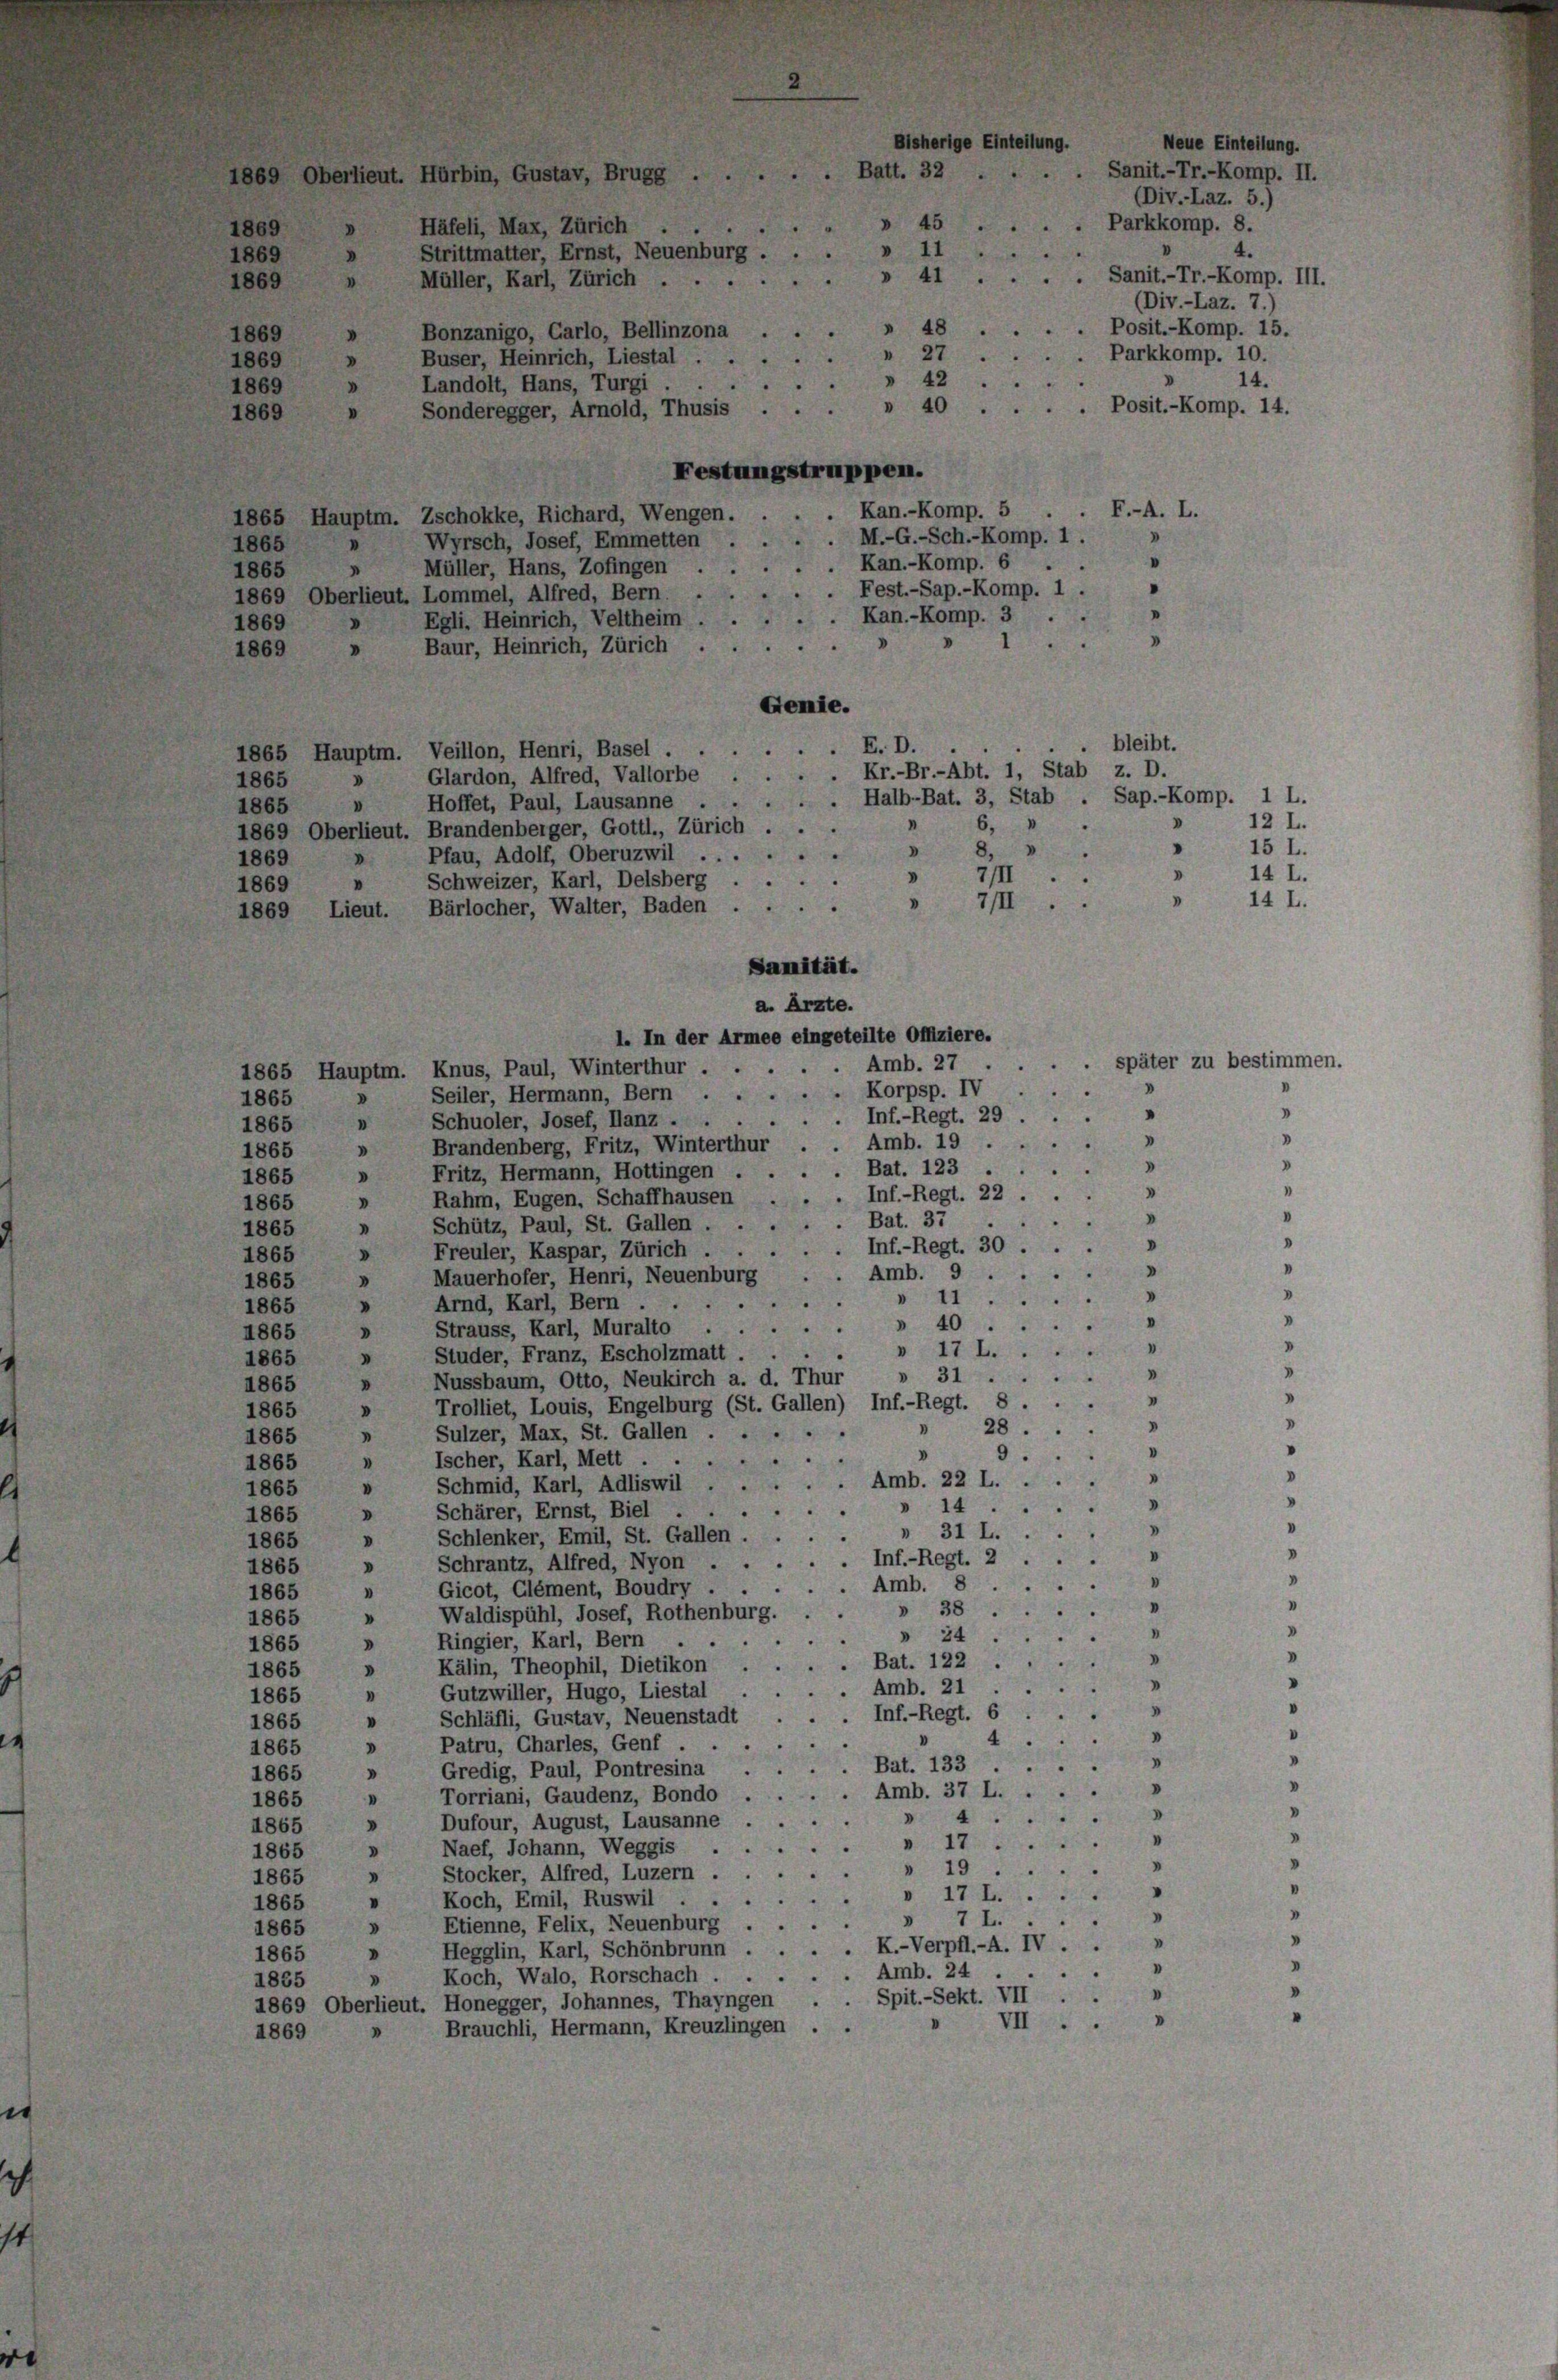
ittmatter, Ernst, Neuenbe
zanigo, Garlo, Bellinzona
ser, Heinrich, Liestal . .
dolt, Hans, Turgi
deregger, Arnold, Thusis ...

ler, Karl, Zürich . .

.

41

estungstruppen.

48.
27

42

.

.

Neue Einteilung
Sanit.-Tr.-Komp. II.
(Div.-Laz. 5.)
. Parkkomp. 8.
4.
.. Sanit.-Tr.-Komp. III.
(Div.-Laz. 7.)
. Posit.-Komp. 15.
. Parkkomp. 10.
14.
. Posit.-Komp. 14.

F.-A. L.

Kan.-Komp. 5
5 Hauptm. Zschokke, Richard, Wengen.
D
M.-G.-Sch.-Komp. 1.
Wyrsch, Josef, Emmetten
5
n
Kan.-Komp. 6.
"
Müller, Hans, Zofingen .
1
55
. Fest.-Sap.-Komp. 1.
.
59 Oberlieut. Lommel, Alfred, Bern. .
.Kan.-Komp. 3
Egli. Heinrich, Veltheim.
9
.
Baur, Heinrich, Zürich
69
Genie.
bleibt.
E. D.
65 Hauptm. Veillon, Henri, Basel . .
. Kr.-Br.-Abt. 1, Stab z. D.
Glardon, Alfred, Vallorbe
55
V
Hoffet, Paul, Lausanne . . . . . Halb-Bat. 3, Stab . Sap.-Komp. 1 L.
65
.
I
6.
.
69 Oberlieut. Brandenberger, Gottl., Zürich
"
 8,
.
.
Pfau, Adolf, Oberuzwil . . .
69
V
7II
.
Schweizer, Karl, Delsberg
V
59
"
7/II.
.
69 Lieut. Bärlocher, Walter, Baden .
Sanität.
a. Ärzte.
1. In der Armee eingeteilte Offiziere.
.Amb. 27
565 Hauptm. Knus, Paul, Winterthur
.. Korpsp. IV.
» Seiler, Hermann, Bern
65
.
.Inf.-Regt. 29
Schuoler, Josef, Ilanz .
I
65
. Amb. 19
,
Brandenberg, Fritz, Winterthur
365 »
Bat. 123
.
Fritz, Hermann, Hottingen
365 »
I
Inf.-Regt. 22
Rahm, Eugen, Schaffhausen
165
.
Bat. 37.
Schütz, Paul, St. Gallen.
n
365
Inf.-Regt. 30.
Freuler, Kaspar, Zürich.
.
65
I
0
Amb. 9
Mauerhofer, Henri, Neuenburg
65
.
» 11
4
Arnd, Karl, Bern . .
"
365
» 40
V
Strauss, Karl, Muralto .
"
365
V
.
» 17 L.
5
Studer, Franz, Escholzmatt,
I
865
x
» 31
Nussbaum, Otto, Neukirch a. d. Thur
v
65
.
m
865 » Trolliet, Louis, Engelburg (St. Gallen) Inf.-Regt. 8.
.
28.
Sulzer, Max, St. Gallen . .
.
65
.
V
9
ischer, Karl, Mett .
65
I
V

Amb. 22 L.
Schmid, Karl, Adliswil
365
"
3
» 14.
Schärer, Ernst, Biel .
v
365
V
.
 31 L.
Schlenker, Emil, St. Gallen
v
65
n
V
Inf.-Regt. 2
.
Schrantz, Alfred, Nyon .
D
865
8
Amb. 8.
Gicot, Glément, Boudry
I
65
.
» 38.
.
Waldispühl, Josef, Rothenburg.
865
V
I
» 24
Ringier, Karl, Bern .
365
V

. Bat. 122
Kälin, Theophil, Dietikon
V
365
.
n
Amb. 21
5
Gutzwiller, Hugo, Liestal
"
365
"
Inf.-Regt. 6.
» Schläfli, Gustav, Neuenstadt
365
4
» Patru, Charles, Genf
865
V
Bat. 133
» Gredig, Paul, Pontresina .
865
Amb. 37 L. .
» Torriani, Gaudenz, Bondo
865
D
.
4
Dufour, August, Lausanne .
d
865
d
V
» 17
Naef, Johann, Weggis .
V
865
V
» 19
Stocker, Alfred, Luzern.
"
865
» 17 L....
Koch, Emil, Ruswil ...
"
865
» 7 L.
865 » Etienne, Felix, Neuenburg
Hegglin, Karl, Schönbrunn . . . . K.-Verpfl.-A. IV.
"
865
"
Amb. 24
Koch, Walo, Rorschach .
.
V
835
Spit.-Sekt. VII.
1869 Oberlieut. Honegger, Johannes, Thayngen .
.
VII.
Brauchli, Hermann, Kreuzlingen . .
869

später zu bestimmen.
1

14 L.
14 L.

12 L.
15 L.

1
"
.